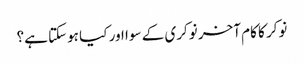
نوکر کا کام آخر نوکری کے سوا اور کیا ہوسکتا ہے؟